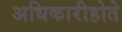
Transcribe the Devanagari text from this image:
अधिकारीहोते